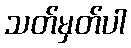
သတ်မှတ်ပါ